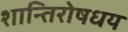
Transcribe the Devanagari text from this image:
शान्तिरोषधय